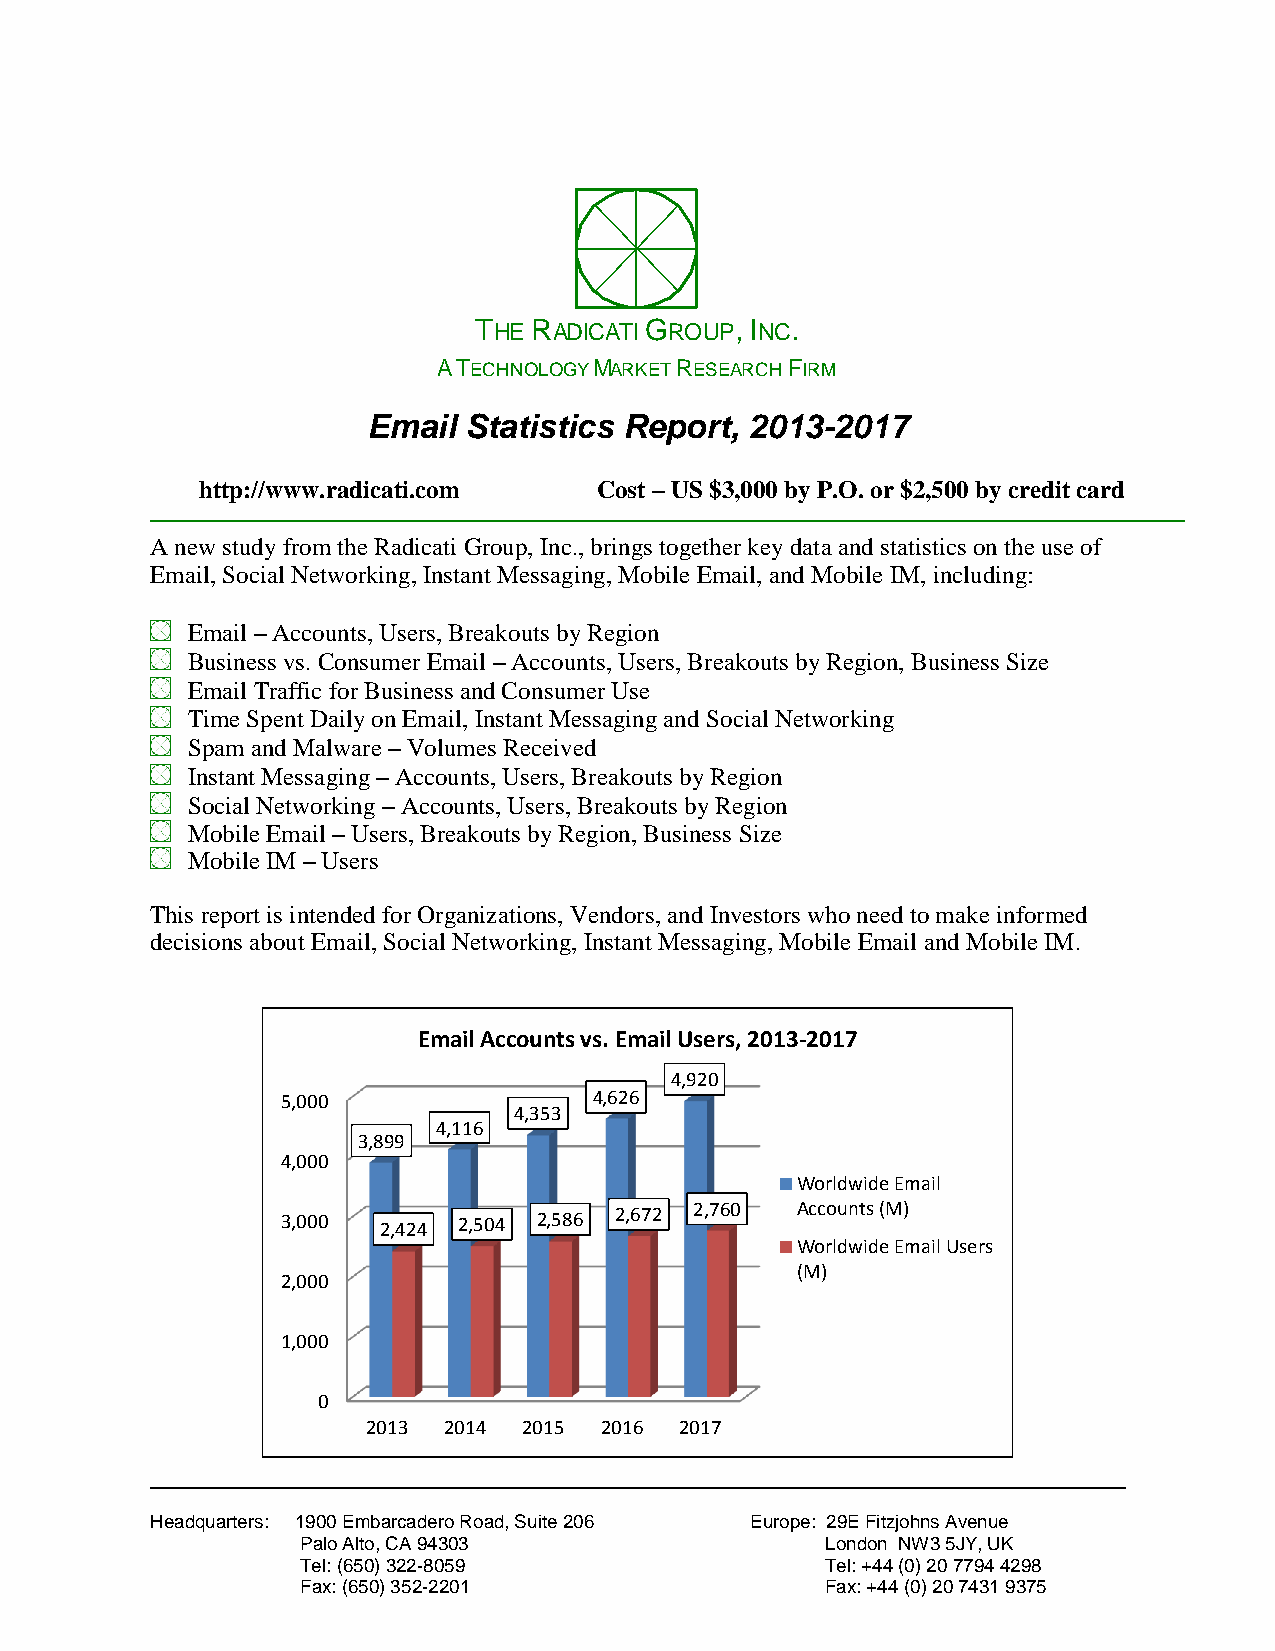
THE RADICATI GROUP, INC.
 A TECHNOLOGY MARKET RESEARCH FIRM
 Email  Statistics Report, 2013-2017
 http://www.radicati.com    Cost – US $3,000 by P.O. or $2,500 by credit card
 A new study from the Radicati Group, Inc., brings together key data and statistics on the use of
 Email, Social Networking, Instant Messaging, Mobile Email, and Mobile IM, including:
 Email – Accounts, Users, Breakouts by Region
 Business vs. Consumer Email – Accounts, Users, Breakouts by Region, Business Size
 Email Traffic for Business and Consumer Use
 Time Spent Daily on Email, Instant Messaging and Social Networking
 Spam and Malware – Volumes Received
 Instant Messaging – Accounts, Users, Breakouts by Region
 Social Networking – Accounts, Users, Breakouts by Region
 Mobile Email – Users, Breakouts by Region, Business Size
 Mobile IM – Users
 This report is intended for Organizations, Vendors, and Investors who need to make informed
 decisions about Email, Social Networking, Instant Messaging, Mobile Email and Mobile IM.
 Email Accounts vs. Email Users, 2013-2017
 4,920
 5,000               4,626
 4,353
 4,116
 3,899
 4,000
 Worldwide Email
 3,000 2,424 2,504 2,586 2,672 2,760 Accounts (M)
 Worldwide Email Users
 (M)
 2,000
 1,000
 0
 2013 2014  2015 2016 2017
 Headquarters: 1900 Embarcadero Road, Suite 206 Europe: 29E Fitzjohns Avenue
 Palo Alto, CA 94303                London NW3 5JY, UK
 Tel: (650) 322-8059                Tel: +44 (0) 20 7794 4298
 Fax: (650) 352-2201                Fax: +44 (0) 20 7431 9375